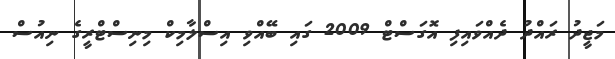
މަޖީދު ރައްދު ދެއްވައިފި އޮގަސްޓް 2009 ގައި ބޭއްވި އިސްލާމިކް މިނިސްޓްރީގެ ނިއުސް